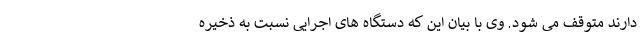
دارند متوقف می شود. وی با بیان این که دستگاه های اجرایی نسبت به ذخیره